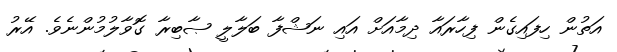
އަތުން ހިފައިގެން ފިހާރައާ ދިމާއަށް އައި ނަޝްފާ ބަލާލީ ޞާބިރާ ގޮވާލުމުންނެވެ. އޭރު